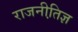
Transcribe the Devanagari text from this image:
राजनीति़ज्ञ